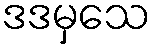
ဒဒမှသေ